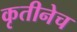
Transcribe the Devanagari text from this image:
कृतीनेच